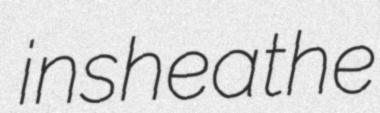
insheathe